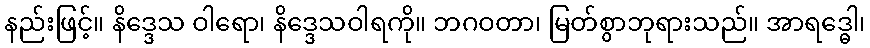
နည်းဖြင့်။ နိဒ္ဒေသ ဝါရော၊ နိဒ္ဒေသဝါရကို။ ဘဂဝတာ၊ မြတ်စွာဘုရားသည်။ အာရဒ္ဓေါ၊